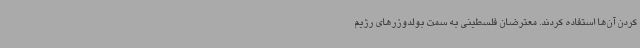
کردن آن‌ها استفاده کردند. معترضان فلسطینی به سمت بولدوزرهای رژیم